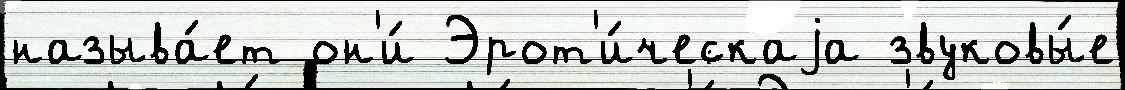
называ́ет он'и́ Эрот'и́ческаjа звуковы́е